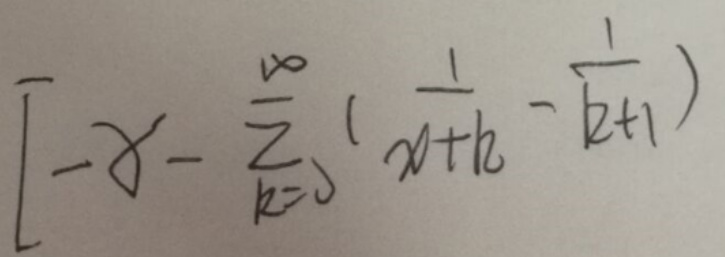
\[ - \gamma - \sum_{k = 0}^{\infty} \left( \frac{1}{x + k} - \frac{1}{k + 1} \right) \]